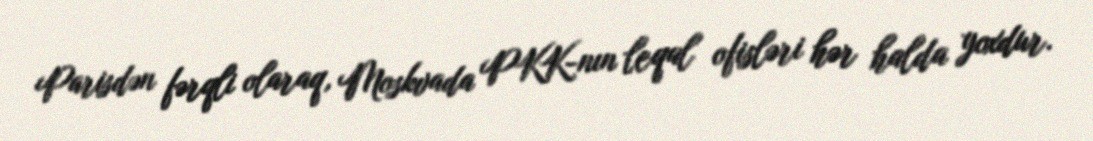
Parisdən fərqli olaraq, Moskvada PKK-nın leqal ofisləri hər halda yoxdur.